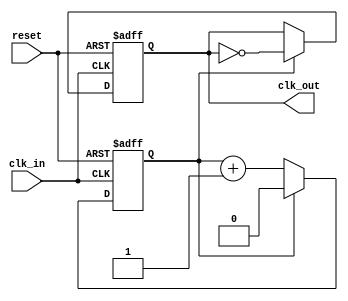
module clock_divider #(
    parameter N = 2  // Division factor, default is 2
)(
    input wire clk_in,   // Input clock signal
    input wire reset,    // Asynchronous reset signal
    output reg clk_out    // Divided output clock signal
);

    reg [$clog2(N)-1:0] counter; // Counter to keep track of clock cycles

    // Asynchronous reset and clock division logic
    always @(posedge clk_in or posedge reset) begin
        if (reset) begin
            counter <= 0;      // Reset counter to 0
            clk_out <= 0;      // Set output clock to low
        end else begin
            if (counter == (N - 1)) begin
                clk_out <= ~clk_out; // Toggle output clock
                counter <= 0;         // Reset counter
            end else begin
                counter <= counter + 1; // Increment counter
            end
        end
    end

endmodule